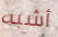
أشبه